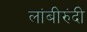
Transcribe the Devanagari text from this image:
लांबीरुंदी